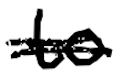
Text: to
Cross-out: double-line
Writing tool: digital_black